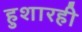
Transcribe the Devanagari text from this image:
हुशारही